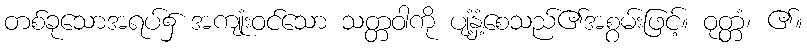
တစ်ခုသောအရပ်၌ အကျုံးဝင်သော သတ္တဝါကို ပျံ့နှံ့စေသည်၏အစွမ်းဖြင့်။ ဝုတ္တံ၊ ၏။